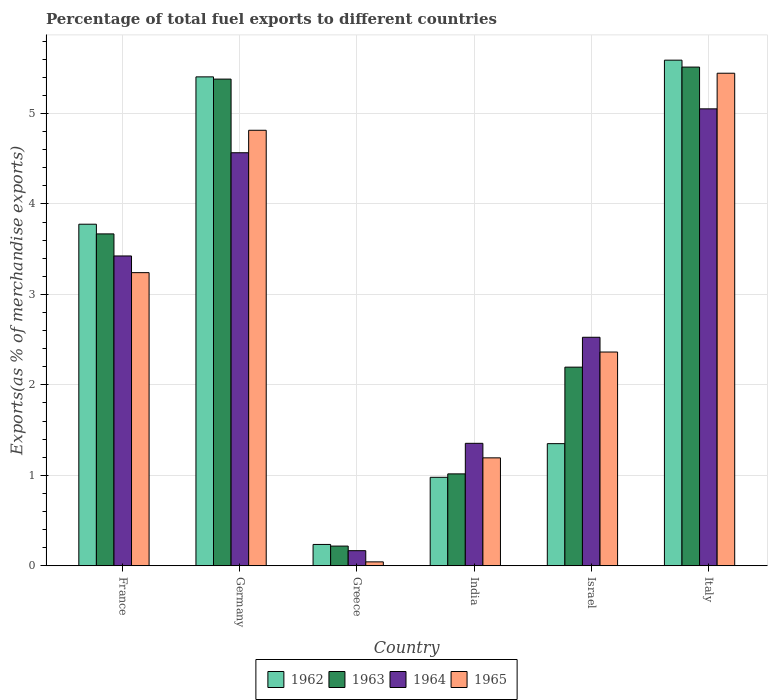
| Country | 1962 | 1963 | 1964 | 1965 |
 | --- | --- | --- | --- | --- |
 | France | 3.78 | 3.67 | 3.43 | 3.24 |
 | Germany | 5.4 | 5.38 | 4.57 | 4.81 |
 | Greece | 0.236 | 0.218 | 0.167 | 0.0434 |
 | India | 0.978 | 1.02 | 1.35 | 1.19 |
 | Israel | 1.35 | 2.2 | 2.53 | 2.36 |
 | Italy | 5.59 | 5.51 | 5.05 | 5.45 |